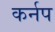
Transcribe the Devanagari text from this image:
कर्नप